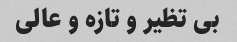
بی تظیر و تازه و عالی